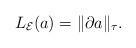
LaTeX: \begin{gather*}L_{\mathcal E}(a)=\|{\partial} a\|_\tau.\end{gather*}